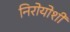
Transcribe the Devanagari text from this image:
निरोयोशी